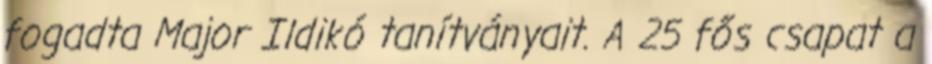
fogadta Major Ildikó tanítványait. A 25 fős csapat a